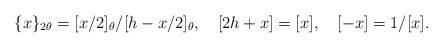
\begin{align*}\{x\}_{2\theta}=[x/2]_{\theta}/[h-x/2]_{\theta},~~~[2h+x]=[x],~~~[-x]=1/[x].\end{align*}